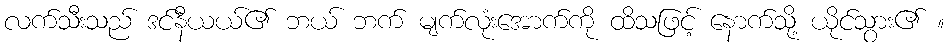
လက်သီးသည် ဒင်နီယယ်၏ ဘယ် ဘက် မျက်လုံးအောက်ကို ထိသဖြင့် နောက်သို့ ယိုင်သွား၏ ။